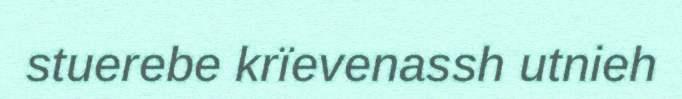
stuerebe krïevenassh utnieh